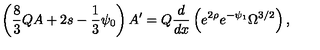
\left( \frac { 8 } { 3 } Q A + 2 s - \frac { 1 } { 3 } \psi _ { 0 } \right) A ^ { \prime } = Q \frac { d } { d x } \left( e ^ { 2 \rho } e ^ { - \psi _ { 1 } } \Omega ^ { 3 / 2 } \right) ,